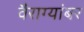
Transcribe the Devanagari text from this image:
वैराग्यांबर